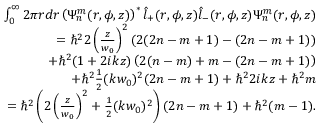
\begin{array} { r l r } & { } & { \int _ { 0 } ^ { \infty } 2 \pi r d r \left( \Psi _ { n } ^ { m } ( r , \phi , z ) \right) ^ { * } \hat { l } _ { + } ( r , \phi , z ) \hat { l } _ { - } ( r , \phi , z ) \Psi _ { n } ^ { m } ( r , \phi , z ) } \\ & { } & { = \hbar ^ { 2 } 2 \left( \frac { z } { w _ { 0 } } \right) ^ { 2 } \left( 2 ( 2 n - m + 1 ) - ( 2 n - m + 1 ) \right) } \\ & { } & { + \hbar ^ { 2 } ( 1 + 2 i k z ) \left( 2 ( n - m ) + m - ( 2 n - m + 1 ) \right) } \\ & { } & { + \hbar ^ { 2 } \frac { 1 } { 2 } ( k w _ { 0 } ) ^ { 2 } ( 2 n - m + 1 ) + \hbar ^ { 2 } 2 i k z + \hbar ^ { 2 } m } \\ & { } & { = \hbar ^ { 2 } \left( 2 \left( \frac { z } { w _ { 0 } } \right) ^ { 2 } + \frac { 1 } { 2 } ( k w _ { 0 } ) ^ { 2 } \right) ( 2 n - m + 1 ) + \hbar ^ { 2 } ( m - 1 ) . } \end{array}